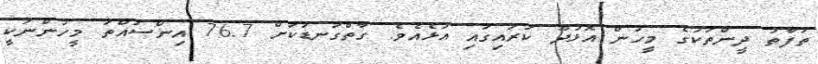
ތަފާތު ދީންތަކުގެ މީހުން އޮޅުދޫ ކަރައިގައި އުޅެއެވެ. ގާތްގަނޑަކަށް 76.7 އިންސައްތަ މީހުންނަކީ